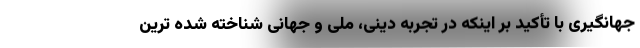
جهانگیری با تأکید بر اینکه در تجربه دینی، ملی و جهانی شناخته شده ترین